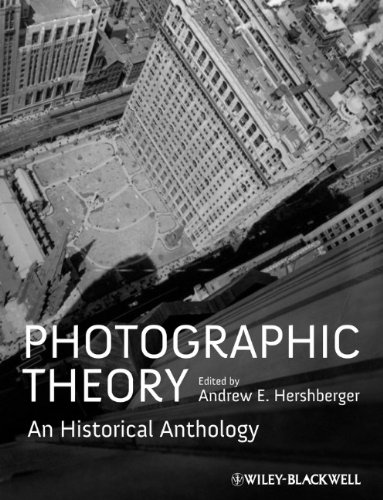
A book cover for Photographic Theory: An Historical Anthology; Andrew E. Hershberger; Arts & Photography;